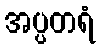
အပ္ပတရံ